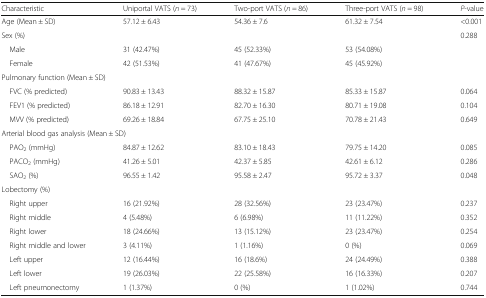
<table><thead><tr><td><b>Characteristic</b></td><td><b>Uniportal VATS (<i>n</i> = 73)</b></td><td><b>Two-port VATS (<i>n</i> = 86)</b></td><td><b>Three-port VATS (<i>n</i> = 98)</b></td><td><b><i>P</i>-value</b></td></tr></thead><tbody><tr><td>Age (Mean ± SD)</td><td>57.12 ± 6.43</td><td>54.36 ± 7.6</td><td>61.32 ± 7.54</td><td>&lt;0.001</td></tr><tr><td>Sex (%)</td><td></td><td></td><td></td><td>0.288</td></tr><tr><td> Male</td><td>31 (42.47%)</td><td>45 (52.33%)</td><td>53 (54.08%)</td><td></td></tr><tr><td> Female</td><td>42 (51.53%)</td><td>41 (47.67%)</td><td>45 (45.92%)</td><td></td></tr><tr><td colspan="5">Pulmonary function (Mean ± SD)</td></tr><tr><td> FVC (% predicted)</td><td>90.83 ± 13.43</td><td>88.32 ± 15.87</td><td>85.33 ± 15.87</td><td>0.064</td></tr><tr><td> FEV1 (% predicted)</td><td>86.18 ± 12.91</td><td>82.70 ± 16.30</td><td>80.71 ± 19.08</td><td>0.104</td></tr><tr><td> MVV (% predicted)</td><td>69.26 ± 18.84</td><td>67.75 ± 25.10</td><td>70.78 ± 21.43</td><td>0.649</td></tr><tr><td colspan="5">Arterial blood gas analysis (Mean ± SD)</td></tr><tr><td> PAO<sub>2</sub> (mmHg)</td><td>84.87 ± 12.62</td><td>83.10 ± 18.43</td><td>79.75 ± 14.20</td><td>0.085</td></tr><tr><td> PACO<sub>2</sub> (mmHg)</td><td>41.26 ± 5.01</td><td>42.37 ± 5.85</td><td>42.61 ± 6.12</td><td>0.286</td></tr><tr><td> SAO<sub>2</sub> (%)</td><td>96.55 ± 1.42</td><td>95.58 ± 2.47</td><td>95.72 ± 3.37</td><td>0.048</td></tr><tr><td colspan="5">Lobectomy (%)</td></tr><tr><td> Right upper</td><td>16 (21.92%)</td><td>28 (32.56%)</td><td>23 (23.47%)</td><td>0.237</td></tr><tr><td> Right middle</td><td>4 (5.48%)</td><td>6 (6.98%)</td><td>11 (11.22%)</td><td>0.352</td></tr><tr><td> Right lower</td><td>18 (24.66%)</td><td>13 (15.12%)</td><td>23 (23.47%)</td><td>0.254</td></tr><tr><td> Right middle and lower</td><td>3 (4.11%)</td><td>1 (1.16%)</td><td>0 (%)</td><td>0.069</td></tr><tr><td> Left upper</td><td>12 (16.44%)</td><td>16 (18.6%)</td><td>24 (24.49%)</td><td>0.388</td></tr><tr><td> Left lower</td><td>19 (26.03%)</td><td>22 (25.58%)</td><td>16 (16.33%)</td><td>0.207</td></tr><tr><td> Left pneumonectomy</td><td>1 (1.37%)</td><td>0 (%)</td><td>1 (1.02%)</td><td>0.744</td></tr></tbody></table>